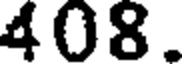
408.